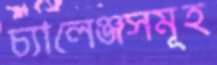
চ্যালেঞ্জসমূহ